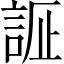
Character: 𲁧